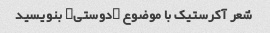
شعر آکرستیک با موضوع "دوستی" بنویسید